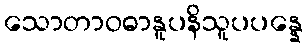
သောတာဝဓာနူပနိသူပပန္နေ